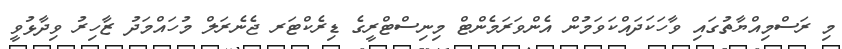
މި ރަސްމިއްޔާތުގައި ވާހަކަދައްކަވަމުން އެންވަރަމެންޓް މިނިސްޓްރީގެ ޑިރެކްޓަރ ޖެނެރަލް މުހައްމަދު ޒާހިރު ވިދާޅުވީ